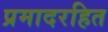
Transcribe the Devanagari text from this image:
प्रमादरहित